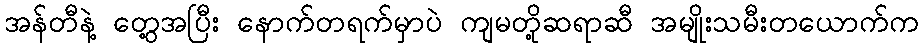
အန်တီနဲ့ တွေ့အပြီး နောက်တရက်မှာပဲ ကျမတို့ဆရာဆီ အမျိုးသမီးတယောက်က